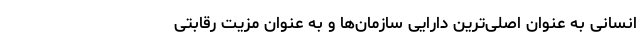
انسانی به عنوان اصلی‌ترین دارایی سازمان‌ها و به عنوان مزیت رقابتی